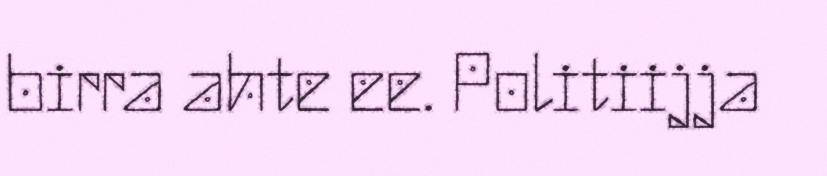
birra ahte ee. Politiijja